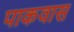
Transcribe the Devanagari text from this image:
पाकवास